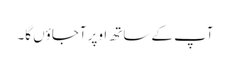
آپ کے ساتھ اوپر آجاؤں گا۔